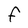
Character: F